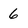
Character: 6